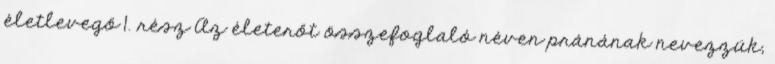
életlevegő 1. rész Az életerőt összefoglaló néven pránának nevezzük,